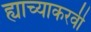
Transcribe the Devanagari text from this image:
ह्याच्याकरवी